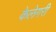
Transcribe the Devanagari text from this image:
केलेगरी